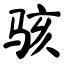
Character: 骇